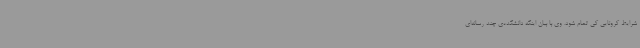
شرایط کرونایی کی تمام شود. وی با بیان اینکه دانشکده‌ی چند رسانه‌ای